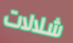
شلالات